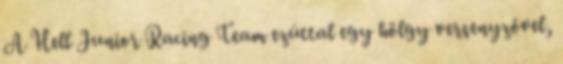
A Hell Junior Racing Team ezúttal egy hölgy versenyzővel,